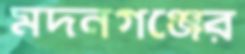
মদনগঞ্জের